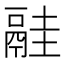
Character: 𩰳